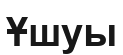
Ұшуы